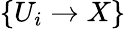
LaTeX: \{ U_{i}\to X\}